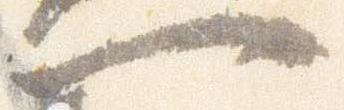
一